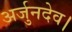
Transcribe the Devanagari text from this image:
अर्जुनदेव।